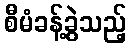
စီမံခန့်ခွဲသည့်